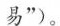
易”）。